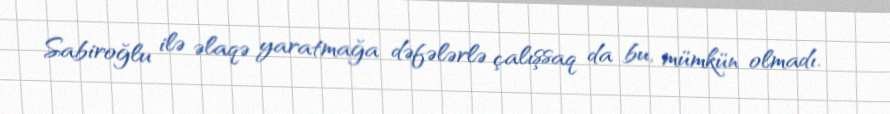
Sabiroğlu ilə əlaqə yaratmağa dəfələrlə çalışsaq da bu, mümkün olmadı.